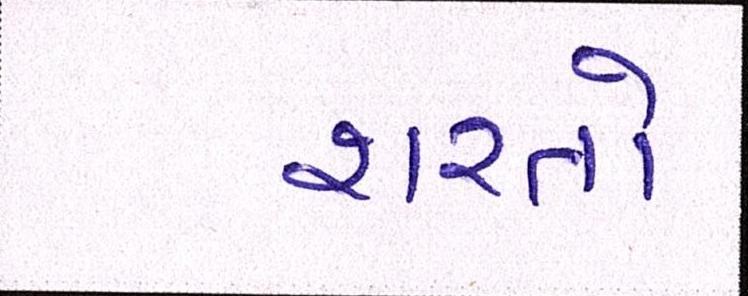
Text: શરતો